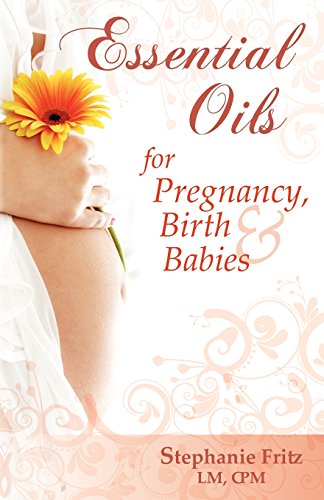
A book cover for Essential Oils for Pregnancy, Birth & Babies; Stephanie Fritz; Parenting & Relationships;